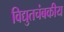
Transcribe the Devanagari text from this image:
विद्युतचंबकीय